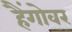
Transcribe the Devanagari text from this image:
हैंगोवर